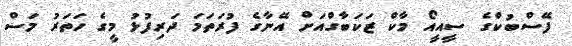
ފޭސްބުކްގެ ސީއީއޯ މާކް ޒަކަބާގްއަށް އޭނާގެ ފުރަތަމަ ދަރިފުޅު މީގެ ހަތަރު މަސް